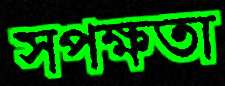
সপক্ষতা